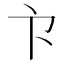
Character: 𭅳